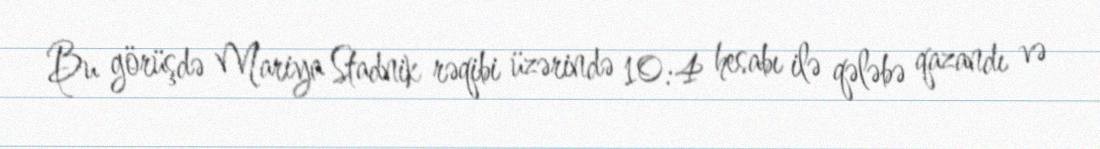
Bu görüşdə Mariya Stadnik rəqibi üzərində 10:4 hesabı ilə qələbə qazandı və